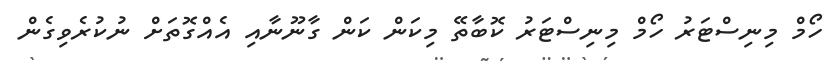
ހޯމް މިނިސްޓަރު ހޯމް މިނިސްޓަރު ކޮބާތޭ މިކަން ކަން ގާނޫނާއި އެއްގޮތަށް ނުކުރެވިގެން